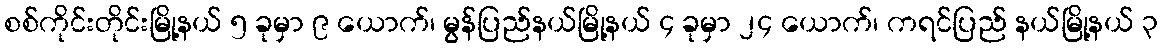
စစ်ကိုင်းတိုင်းမြို့နယ် ၅ ခုမှာ ၉ ယောက်၊ မွန်ပြည်နယ်မြို့နယ် ၄ ခုမှာ ၂၄ ယောက်၊ ကရင်ပြည် နယ်မြို့နယ် ၃